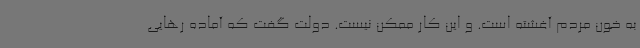
به خون مردم آغشته است. و این کار ممکن نیست. دولت گفت که آماده رهایی